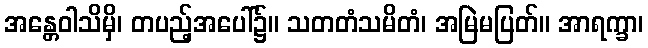
အန္တေဝါသိမှိ၊ တပည့်အပေါ်၌။ သတတံသမိတံ၊ အမြဲမပြတ်။ အာရက္ခာ၊